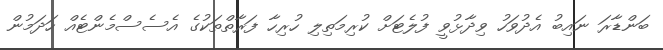
ބަންޑާރަ ނައިބު އެދުވަހު ވިދާޅުވީ ފުލެޓަށް ކުރިމަތިލި ހުރިހާ ފަރާތްތަކުގެ އެސެސްމެންޓެއް ހަދަމުން